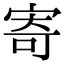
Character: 寄